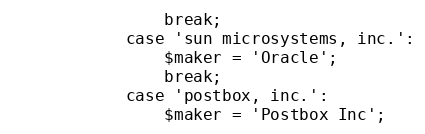
Language: PHP
                break;
            case 'sun microsystems, inc.':
                $maker = 'Oracle';
                break;
            case 'postbox, inc.':
                $maker = 'Postbox Inc';